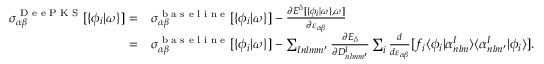
\begin{array} { r l } { \sigma _ { \alpha \beta } ^ { \scriptsize { \textrm { D e e P K S } } } [ \{ \phi _ { i } | \omega \} ] = } & { \sigma _ { \alpha \beta } ^ { \scriptsize { \textrm { b a s e l i n e } } } [ \{ \phi _ { i } | \omega \} ] - \frac { \partial E ^ { \delta } [ \{ \phi _ { i } | \omega \} , \omega ] } { \partial \varepsilon _ { \alpha \beta } } } \\ { = } & { \sigma _ { \alpha \beta } ^ { \scriptsize { \textrm { b a s e l i n e } } } [ \{ \phi _ { i } | \omega \} ] - \sum _ { I n l m m ^ { \prime } } \frac { \partial E _ { \delta } } { \partial D _ { n l m m ^ { \prime } } ^ { I } } \sum _ { i } \frac { d } { d \varepsilon _ { \alpha \beta } } [ f _ { i } \langle \phi _ { i } | \alpha _ { n l m } ^ { I } \rangle \langle \alpha _ { n l m ^ { \prime } } ^ { I } | \phi _ { i } \rangle ] . } \end{array}